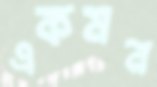
একমন